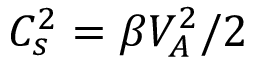
C _ { s } ^ { 2 } = \beta V _ { A } ^ { 2 } / 2